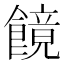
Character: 䭗